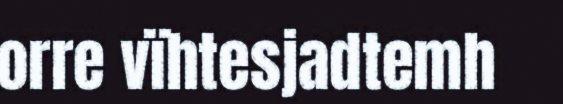
orre vïhtesjadtemh